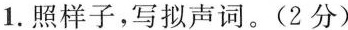
1.照样子，写拟声词。(2分)